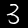
Digit: 3